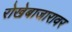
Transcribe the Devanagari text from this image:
रोखेबाजारावर